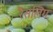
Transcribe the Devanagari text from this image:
रैसलिंग